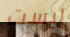
ليست